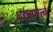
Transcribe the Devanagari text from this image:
धंद्यापरत्वें